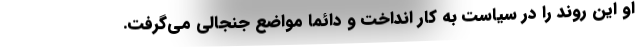
او این روند را در سیاست به کار انداخت و دائماً مواضع جنجالی می‌گرفت.